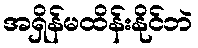
အရှိန်မထိန်းနိုင်ဘဲ